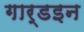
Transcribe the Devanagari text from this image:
गार्डइन